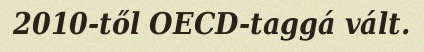
2010-től OECD-taggá vált.